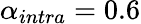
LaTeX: \alpha_{intra}=0.6